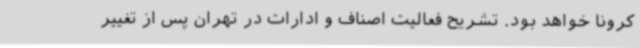
کرونا خواهد بود‌. تشریح فعالیت اصناف و ادارات در تهران پس از تغییر